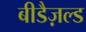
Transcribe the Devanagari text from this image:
बीडैज़ल्ड